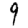
Digit: 9